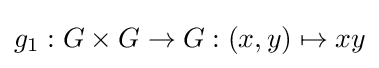
g_{1}:G\times G\to G:(x,y)\mapsto xy